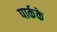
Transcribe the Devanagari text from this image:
पार्कके